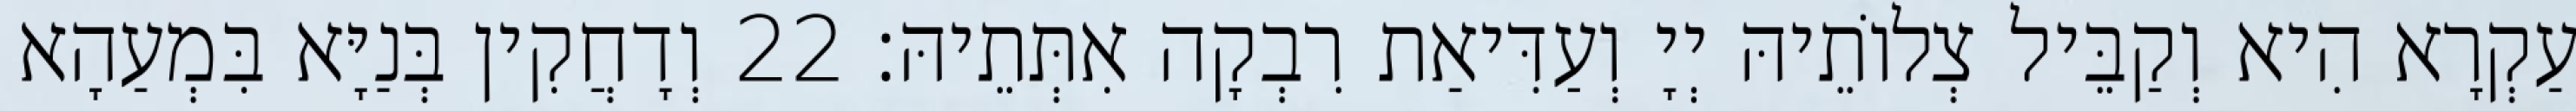
עַקְרָא הִיא וְקַבֵּיל צְלוֹתֵיהּ יְיָ וְעַדִּיאַת רִבְקָה אִתְּתֵיהּ׃ 22 וְדָחֲקִין בְּנַיָּא בִּמְעַהָא